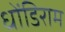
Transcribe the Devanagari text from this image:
धोंडिराम